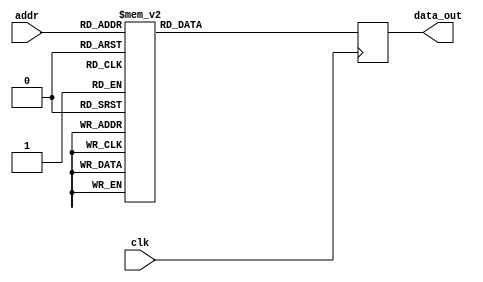
module twiddle_ROM_img_3 (
    input wire clk,
    input wire [4:0] addr,
    output reg [15:0] data_out
);

always @(posedge clk) begin
    case(addr)

        5'b00000: data_out <= 16'h0000 ;
        5'b00001: data_out <= 16'h0000 ;
        5'b00010: data_out <= 16'h0000 ;
        5'b00011: data_out <= 16'h0000 ;
        5'b00100: data_out <= 16'h0000 ;
        5'b00101: data_out <= 16'h0100 ;
        5'b00110: data_out <= 16'h0000 ;
        5'b00111: data_out <= 16'h0100 ;
        5'b01000: data_out <= 16'h0000 ;
        5'b01001: data_out <= 16'h00B5 ;
        5'b01010: data_out <= 16'h0100 ;
        5'b01011: data_out <= 16'h00B5 ;
        5'b01100: data_out <= 16'h0100 ;
        5'b01101: data_out <= 16'h00EC ;
        5'b01110: data_out <= 16'h00B5 ;
        5'b01111: data_out <= 16'h0061 ;
        5'b10000: data_out <= 16'h00B5 ;
        5'b10001: data_out <= 16'h008E ;
        5'b10010: data_out <= 16'h0061 ;
        5'b10011: data_out <= 16'h0031 ;
        5'b10100: data_out <= 16'h00EC ;
        5'b10101: data_out <= 16'h00F4 ;
        5'b10110: data_out <= 16'h00FB ;
        5'b10111: data_out <= 16'h00FE ;
        5'b11000: data_out <= 16'h008E ;
        5'b11001: data_out <= 16'h0098 ;
        5'b11010: data_out <= 16'h00A2 ;
        5'b11011: data_out <= 16'h00AB ;
        default: data_out <= 16'h0000;
    endcase
end

endmodule